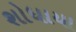
શોધાયા